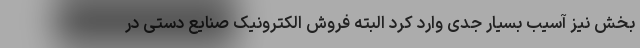
بخش نیز آسیب بسیار جدی وارد کرد البته فروش الکترونیک صنایع دستی در